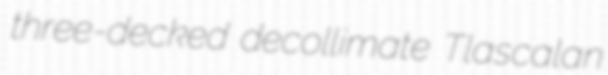
three-decked decollimate Tlascalan